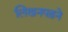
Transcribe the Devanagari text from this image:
लिखनपढ़ने